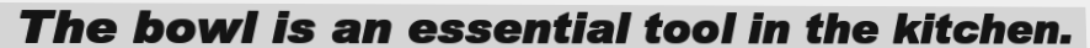
The bowl is an essential tool in the kitchen.